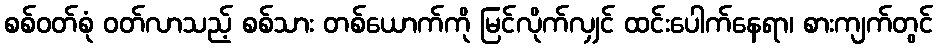
စစ်ဝတ်စုံ ဝတ်လာသည့် စစ်သား တစ်ယောက်ကို မြင်လိုက်လျှင် ထင်းပေါက်နေရာ၊ စားကျက်တွင်